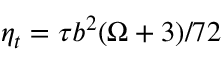
\eta _ { t } = \tau b ^ { 2 } ( \Omega + 3 ) / 7 2